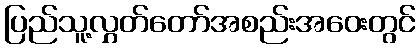
ပြည်သူ့လွှတ်တော်အစည်းအဝေးတွင်